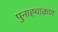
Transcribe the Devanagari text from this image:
पुनाह्चाक्रण